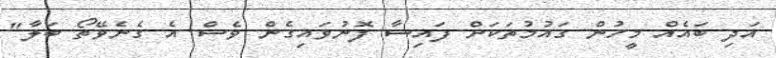
އަދި ބައެއް މީހުން ގައުމުތަކަށް ފައިސާ ފޮނުވައިގެން ވެސް އެ ގެނެވޭތޯ ބަލާ"